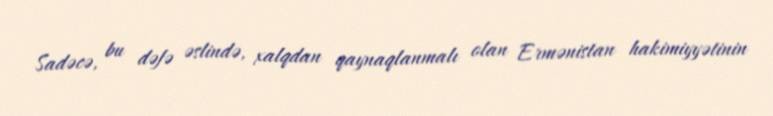
Sadəcə, bu dəfə əslində, xalqdan qaynaqlanmalı olan Ermənistan hakimiyyətinin